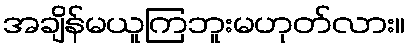
အချိန်မယူကြဘူးမဟုတ်လား။